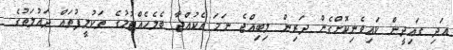
އަދި ގައިދީން ކައިވެނިކޮށްގެން ދަރިން ލިބިއްޖެ ނަމަ އެކުއްޖާ ބެލެހެއްޓުމުގެ ތަކުލީފުތައް ދައުލަތުގެ